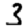
Digit: 3